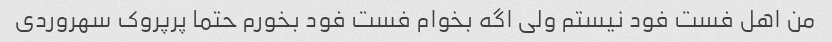
من اهل فست فود نیستم ولی اگه بخوام فست فود بخورم حتما پرپروک سهروردی